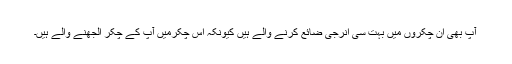
آپ بھی ان چکّروں میں بہت سی انرجی ضائع کرنے والے ہیں کیونکہ اس چکّرمیں آپ کے چکّر الجھنے والے ہیں۔